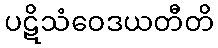
ပဋိသံဝေဒယတီတိ